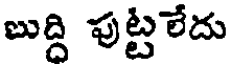
బుద్ది పుట్టలేదు